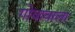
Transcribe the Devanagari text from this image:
गोवावाला